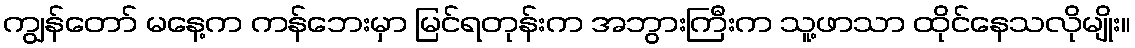
ကျွန်တော် မနေ့က ကန်ဘေးမှာ မြင်ရတုန်းက အဘွားကြီးက သူ့ဖာသာ ထိုင်နေသလိုမျိုး။